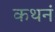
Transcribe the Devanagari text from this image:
कथनं